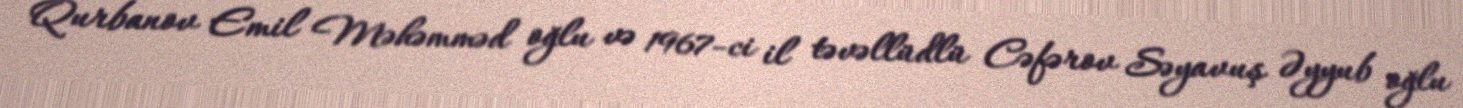
Qurbanov Emil Məhəmməd oğlu və 1967-ci il təvəllüdlü Cəfərov Səyavuş Əyyub oğlu